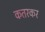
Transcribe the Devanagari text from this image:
कतरकर